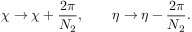
\chi \to \chi + \frac { 2 \pi } { N _ { 2 } } , \qquad \eta \to \eta - \frac { 2 \pi } { N _ { 2 } } .